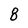
Character: 8